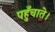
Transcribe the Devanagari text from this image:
पहुँचाते।